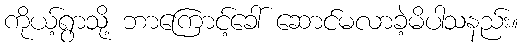
ကိုယ့်ရွာသို့ ဘာကြောင့်ခေါ် ဆောင်မလာခဲ့မိပါသနည်း။